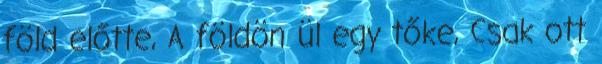
föld előtte, A földön ül egy tőke, Csak ott